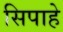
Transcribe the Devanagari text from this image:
सिपाहे